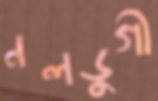
নলডুগী